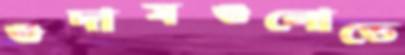
গুদামগুলোতে